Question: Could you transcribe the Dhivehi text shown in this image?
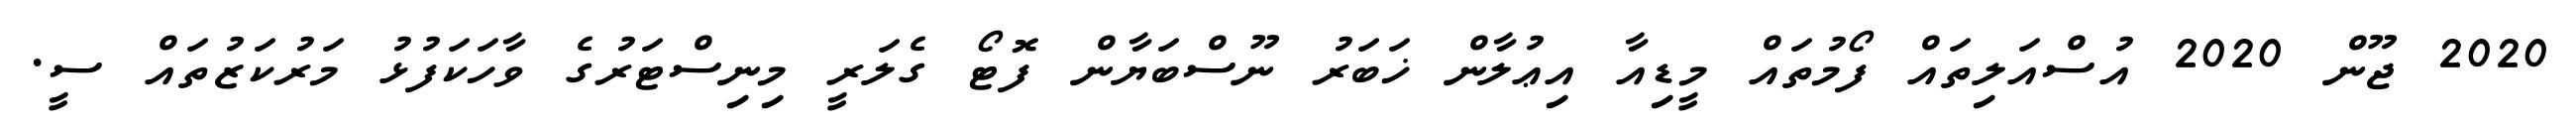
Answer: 2020 ޖޫން 2020 އުސްއަލިތައް ފޯމުތައް މީޑިއާ އިޢުލާން ޚަބަރު ނޫސްބަޔާން ފޮޓޯ ގެލަރީ މިނިސްޓަރުގެ ވާހަކަފުޅު މަރުކަޒުތައް ސީ.